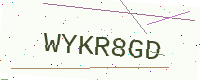
Text: WYKR8GD